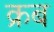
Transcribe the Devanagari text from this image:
क्रब